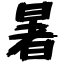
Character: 暑